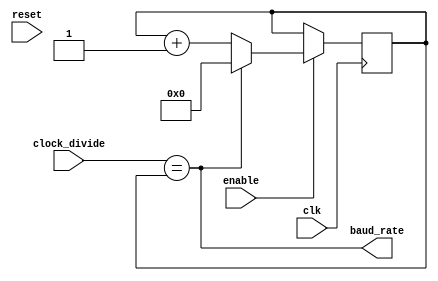
//                              -*- Mode: Verilog -*-
// Description     : UART Baud Rate Generator
// Last Modified By: Philip Tracton
// Update Count    : 0
// Status          : Unknown, Use with caution!

module uart_baud_generator (/*AUTOARG*/
   // Outputs
   baud_rate,
   // Inputs
   clk, reset, enable, clock_divide
   ) ;
   input clk;
   input reset;
   input enable;   
   input [15:0] clock_divide;
   output baud_rate;


   reg [15:0] count = 16'h0000;
   assign baud_rate = clock_divide == count;

   always @(posedge clk)
     if (enable) begin
        if (baud_rate) begin
           count <= 16'h0000;           
        end else begin
           count <= count + 1;           
        end
     end
   
endmodule // uart_baud_generator